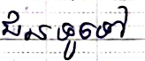
ជនទូទៅ